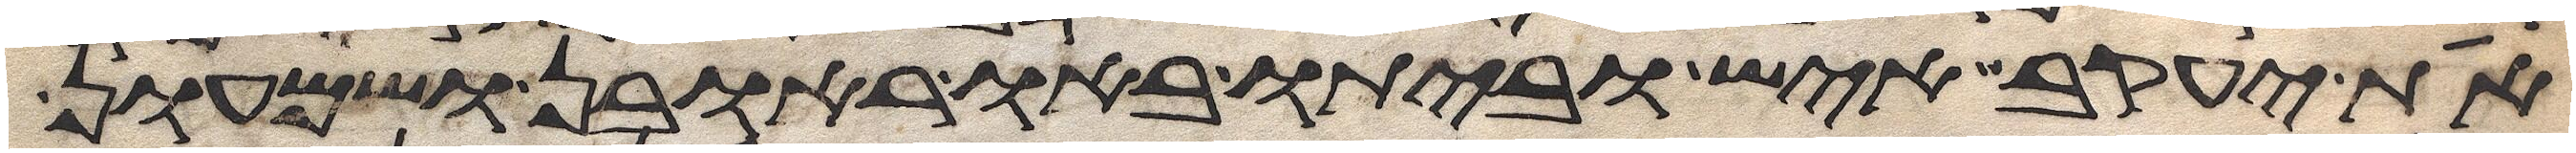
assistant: את יעקב איש וביתו באו ראובן ושמעון